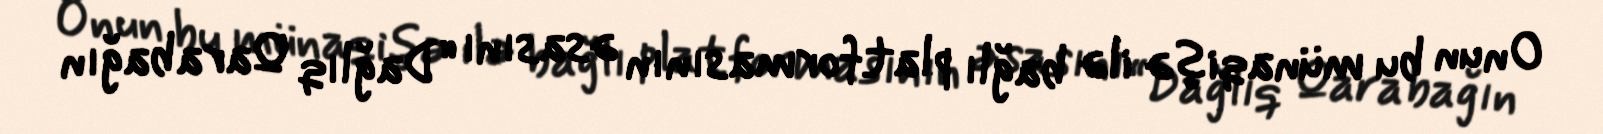
Onun bu münaqişə ilə bağlı platformasının əsasını “Dağlıq Qarabağın